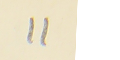
11